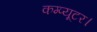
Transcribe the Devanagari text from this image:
कम्प्यूटर।